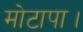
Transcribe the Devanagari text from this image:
मोटापा।